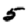
Digit: 5